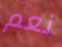
نعم